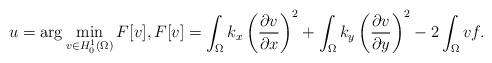
LaTeX: \begin{align*}u = \arg \min_{v \in {H}_0^1(\Omega)} F[v], F[v] = \int_{\Omega} k_x \left( \frac{\partial v}{\partial x} \right) ^2 + \int_{\Omega} k_y \left( \frac{\partial v}{\partial y} \right) ^2 - 2 \int_{\Omega} v f.\end{align*}